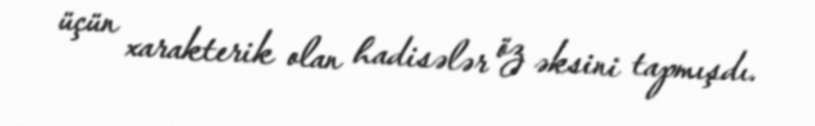
üçün xarakterik olan hadisələr öz əksini tapmışdı.